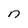
Character: n